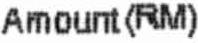
AMOUNT(RM)